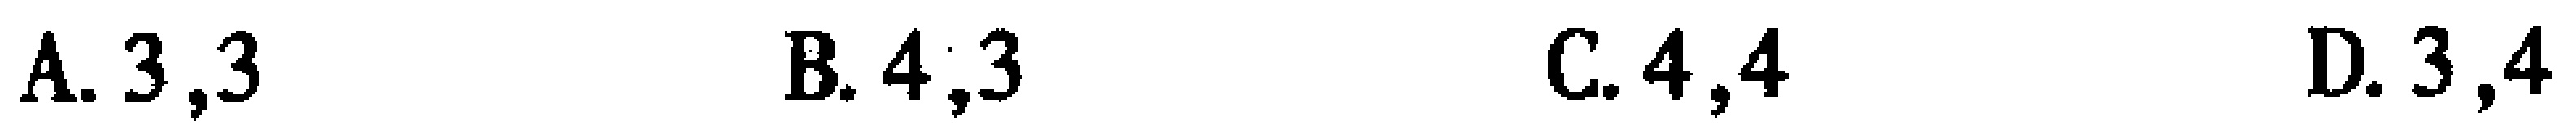
A. \(3,3\)  B. \(4,3\)  C. \(4,4\)  D. \(3,4\)